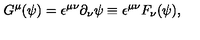
G ^ { \mu } ( \psi ) = { \epsilon } ^ { { \mu } { \nu } } { \partial } _ { \nu } { \psi } \equiv { \epsilon } ^ { { \mu } { \nu } } F _ { \nu } ( \psi ) ,